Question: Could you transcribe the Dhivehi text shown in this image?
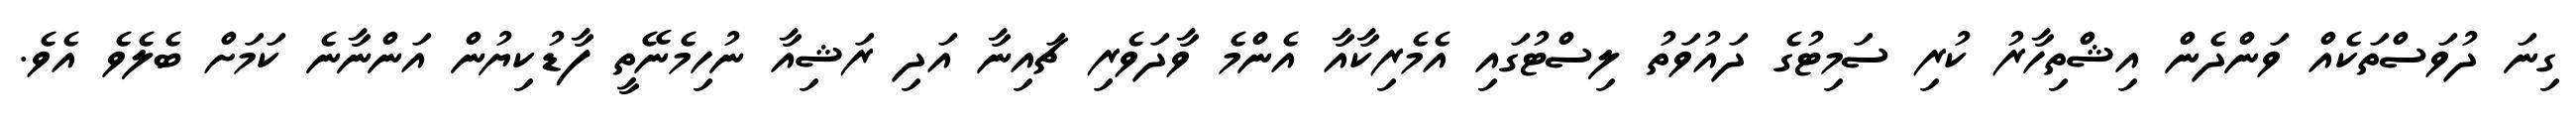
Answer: ގިނަ ދުވަސްތަކެއް ވަންދެން އިޝްތިހާރު ކުރި ސަމިޓުގެ ދައުވަތު ލިސްޓުގައި އެމެރިކާއާ އެންމެ ވާދަވެރި ޗައިނާ އަދި ރަޝިއާ ނުހިމެނޭތީ ފާޑުކިޔުން އަންނާނެ ކަމަށް ބެލެވެ އެވެ.